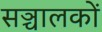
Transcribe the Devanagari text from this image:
सञ्चालकों